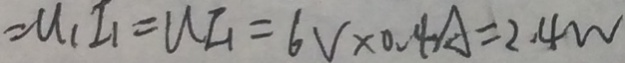
= U _ { 1 } I _ { 1 } = U I _ { 1 } = 6 V \times 0 . 4 A = 2 . 4 w